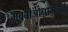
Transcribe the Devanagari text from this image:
भवबीजानामर्जनं